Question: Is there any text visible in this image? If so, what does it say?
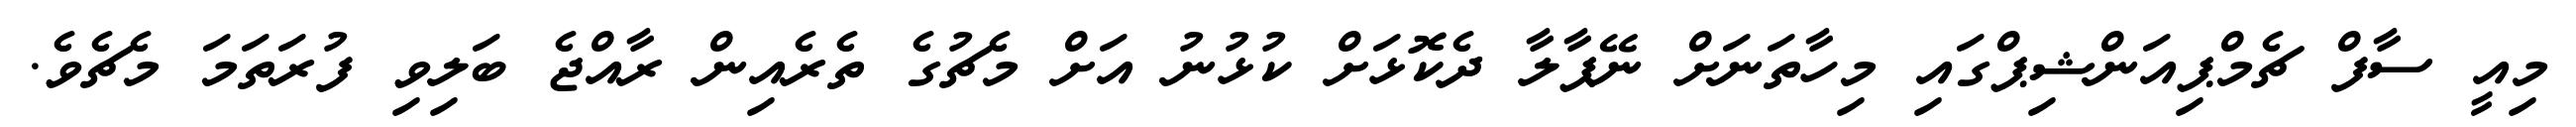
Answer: މިއީ ސާފް ޗެމްޕިއަންޝިޕްގައި މިހާތަނަށް ނޭޕާލާ ދެކޮޅަށް ކުޅުނު އަށް މެޗުގެ ތެރެއިން ރާއްޖެ ބަލިވި ފުރަތަމަ މެޗެވެ.